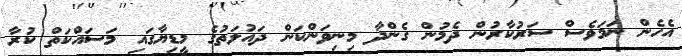
އެހެން ނަމަވެސް ސަރުކާރުން ދެމުން ގެންދާ މިނިވަންކަަން ދައުލަތުގެ މީޑިޔާގައި މަސައްކަތް ކުރާ